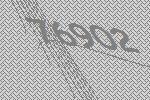
76902